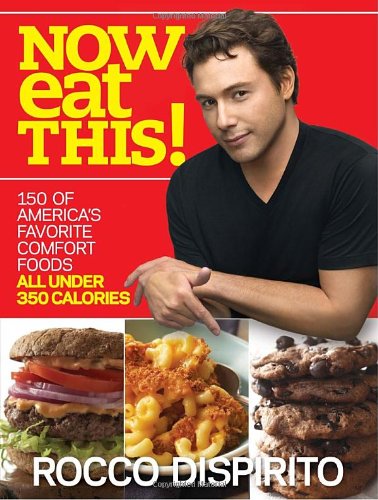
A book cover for Now Eat This!: 150 of America's Favorite Comfort Foods, All Under 350 Calories (Paperback); Rocco DiSpirito (Author); Cookbooks, Food & Wine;